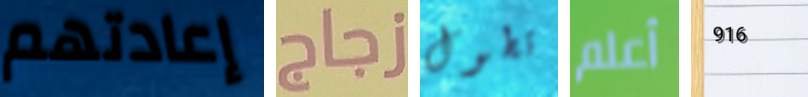
إعادتهم زجاج تطول أعلم 916